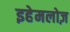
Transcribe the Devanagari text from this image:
इहेमलोज़